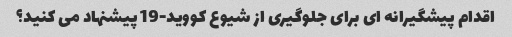
اقدام پیشگیرانه ای برای جلوگیری از شیوع کووید-19 پیشنهاد می کنید؟